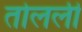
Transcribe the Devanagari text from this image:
तोलली